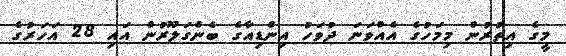
މީގެ އިތުރުން މިމަހުގެ އެއްވަނަ ދުވަހު އިންޑިއާގެ ބެންގަލޫރުން އައި 28 އަހަރުގެ